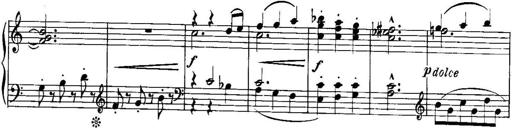
Title: Piano Sonatina No.1, Op.146
Composer: Stephen Heller